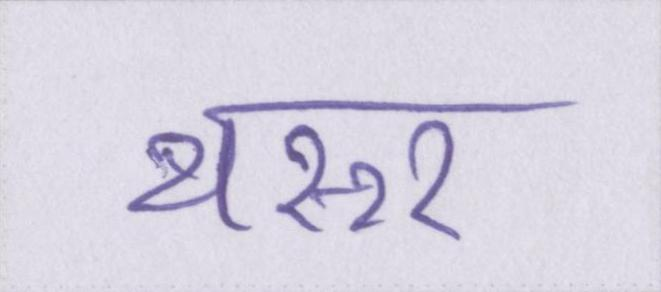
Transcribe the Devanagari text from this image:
थरूर